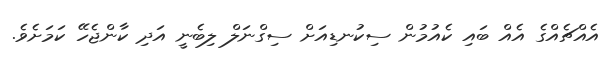
އެއްޗެއްގެ އެއް ބައި ކެއުމުން ސިކުނޑިއަށް ސިގްނަލް ލިބެނީ އަދި ކާންޖެހޭ ކަމަށެވެ.